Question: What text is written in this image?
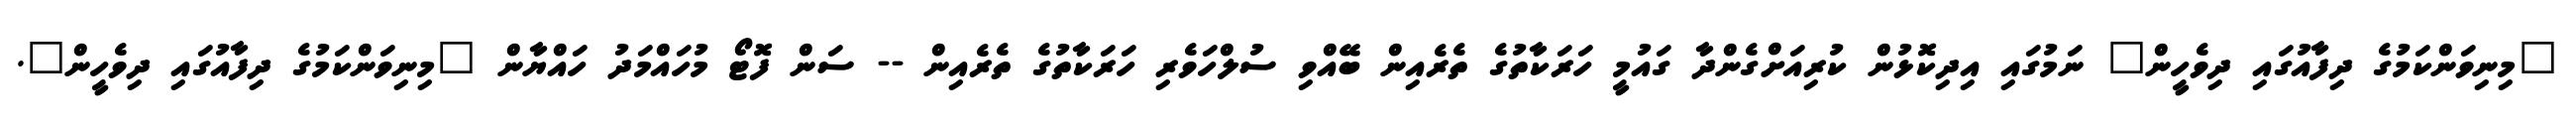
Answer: "މިނިވަންކަމުގެ ދިފާއުގައި ދިވެހީން" ނަމުގައި އިދިކޮޅުން ކުރިއަށްގެންދާ ގައުމީ ހަރަކާތުގެ ތެރެއިން ބޭއްވި ސުލްހަވެރި ހަރަކާތުގެ ތެރެއިން -- ސަން ފޮޓޯ މުހައްމަދު ހައްޔާން "މިނިވަންކަމުގެ ދިފާއުގައި ދިވެހީން".